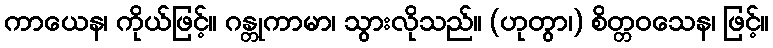
ကာယေန၊ ကိုယ်ဖြင့်။ ဂန္တုကာမာ၊ သွားလိုသည်။ (ဟုတွာ၊) စိတ္တဝသေန၊ ဖြင့်။